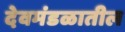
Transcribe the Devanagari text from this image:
देवमंडळातील